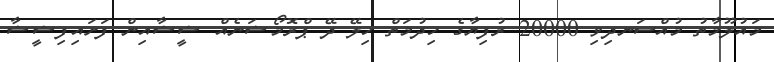
މައުލޫމާތު މުއްސަނދިވި 20000 ރުފިޔާގެ ހިދުމަތް ހިލޭ ދޭ ޕްރޮމޯޝަނެއް ޝީޝާއިން ފަށައިފިޝީޝާ